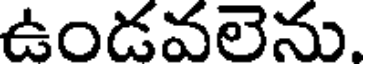
ఉండవలెను.